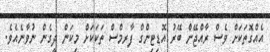
އެއްގޮތަކަށް ވެސް ރާއްޖޭން ބޭރު އޮޑިޓިންގް ފާރމްސް ތަކަކަށް މިކަން ދީގެން ނުވާނެއެވެ.